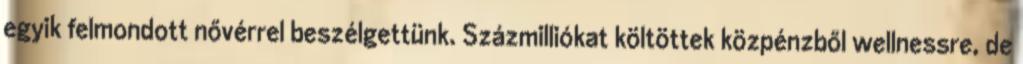
egyik felmondott nővérrel beszélgettünk. Százmilliókat költöttek közpénzből wellnessre, de